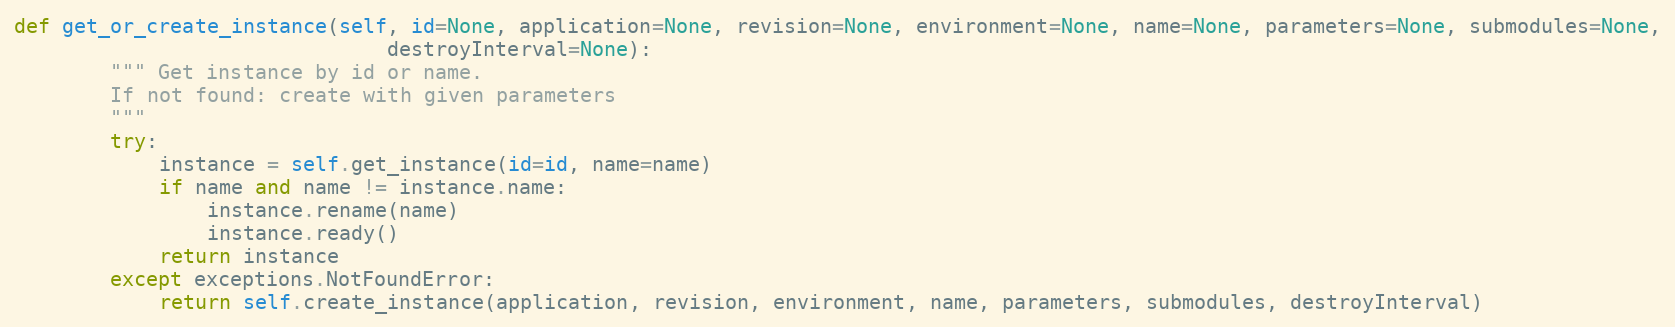
Language: Python
def get_or_create_instance(self, id=None, application=None, revision=None, environment=None, name=None, parameters=None, submodules=None,
                               destroyInterval=None):
        """ Get instance by id or name.
        If not found: create with given parameters
        """
        try:
            instance = self.get_instance(id=id, name=name)
            if name and name != instance.name:
                instance.rename(name)
                instance.ready()
            return instance
        except exceptions.NotFoundError:
            return self.create_instance(application, revision, environment, name, parameters, submodules, destroyInterval)